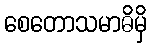
စေတောသမာဓိမှိ